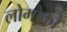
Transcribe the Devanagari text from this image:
लोगोको